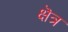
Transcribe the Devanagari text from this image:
क्षॆत्र